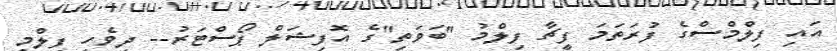
އައި ފިލްމްސްގެ ފުރަތަމަ ފީޗާ ފިލްމު "ބަވަތި"ގެ އޮފިޝަލް ޕޯސްޓަރު-- ދިވެހި ފިލްމީ